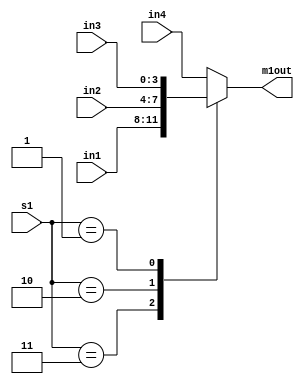
`timescale 1ns / 1ps

module MUX1(    input [3:0] in1, in2, in3, in4, 
                input [1:0] s1, 
                output reg [3:0] m1out);

always @ (in1, in2, in3, in4, s1)
begin
    case (s1)
        2'b11: m1out = in1;
        2'b10: m1out = in2;
        2'b01: m1out = in3; // 2'b00
        default: m1out = in4; // aluout
    endcase
end
endmodule